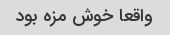
واقعا خوش مزه بود